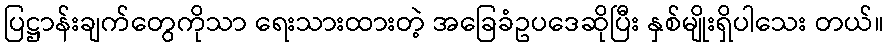
ပြဋ္ဌာန်းချက်တွေကိုသာ ရေးသားထားတဲ့ အခြေခံဥပဒေဆိုပြီး နှစ်မျိုးရှိပါသေး တယ်။